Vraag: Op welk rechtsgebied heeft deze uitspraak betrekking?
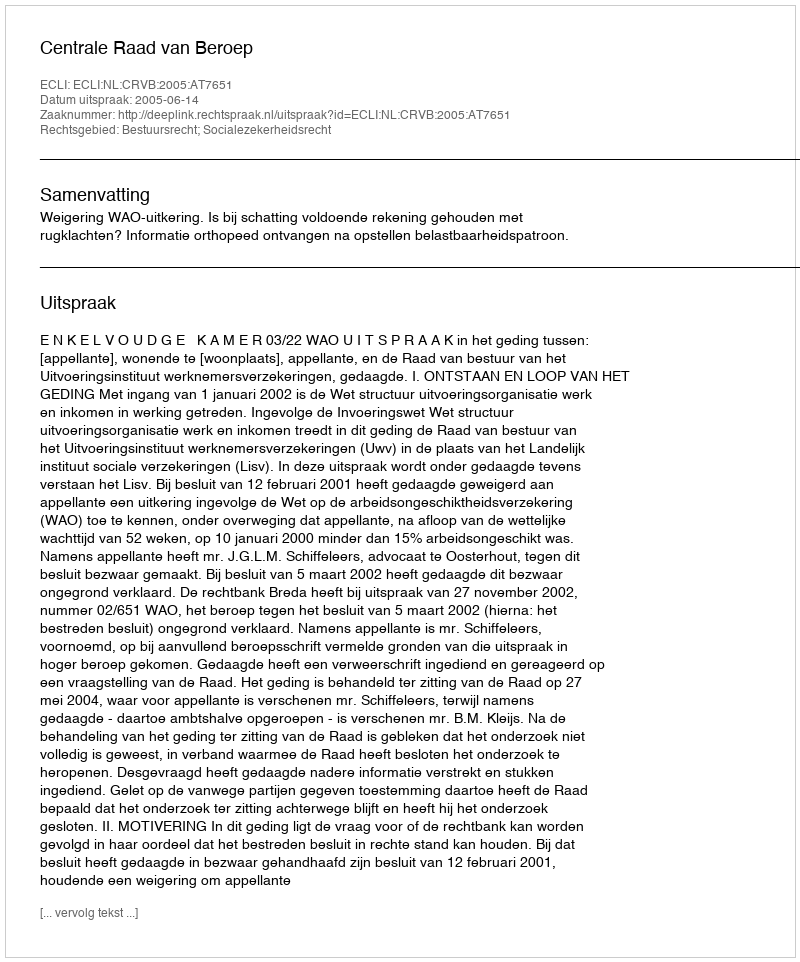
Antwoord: Bestuursrecht; Socialezekerheidsrecht